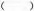
( )